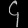
Digit: ၄